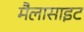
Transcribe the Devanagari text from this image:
मैलासाइट